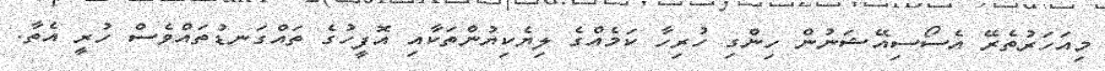
މިއަހަރުތެރޭ އެސޯސިއޭޝަނުން ހިންގި ހުރިހާ ކަމެއްގެ ލިޔެކިޔުންތަކާއި އޮފީހުގެ ތައްގަނޑުތައްވެސް ހުރީ އެތާ.